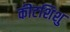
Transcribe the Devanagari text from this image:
कीटशिशु